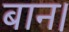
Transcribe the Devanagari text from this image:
बान।